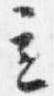
立